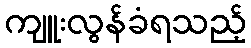
ကျူးလွန်ခံရသည့်